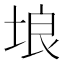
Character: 埌